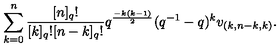
\sum _ { k = 0 } ^ { n } \frac { [ n ] _ { q } ! } { [ k ] _ { q } ! [ n - k ] _ { q } ! } q ^ { \frac { - k ( k - 1 ) } { 2 } } ( q ^ { - 1 } - q ) ^ { k } v _ { ( k , n - k , k ) } .